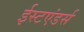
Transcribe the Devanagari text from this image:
ईस्टएंडर्स